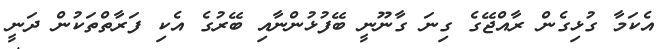
އެކަމާ ގުޅިގެން ރާއްޖޭގެ ގިނަ ގާނޫނީ ބޭފުޅުންނާއި ބޭރުގެ އެކި ފަރާތްތަކުން ދަނީ